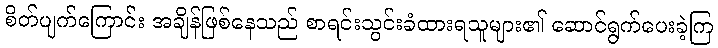
စိတ်ပျက်ကြောင်း အချိန်ဖြစ်နေသည် စာရင်းသွင်းခံထားရသူများ၏ ဆောင်ရွက်ပေးခဲ့ကြ